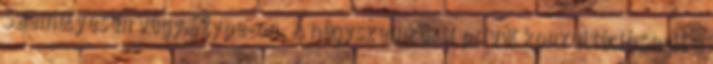
Személyesen vagy Skype-on. A négyszemközti privát konzultáció segít a